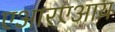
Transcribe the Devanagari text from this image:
एआरएआय